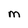
Character: M